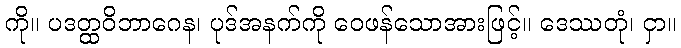
ကို။ ပဒတ္ထဝိဘာဂေန၊ ပုဒ်အနက်ကို ဝေဖန်သောအားဖြင့်။ ဒေဿတုံ၊ ငှာ။